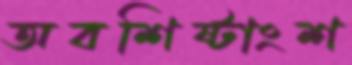
অবশিষ্টাংশ